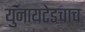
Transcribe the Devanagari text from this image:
युनायटेडचाच